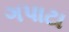
ગપાટા